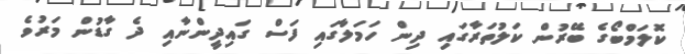
ކޮލަމްބޯގެ ބޭރުން ކަލުތަރާގައި ދިން ހަމަލާގައި ފަސް ގައިދީންނާއި ދެ ގާޑުން މަރުވެ